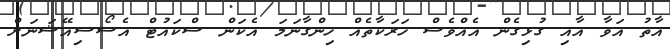
އާތު އަވާ އާއި ގުޅިގެން އެއްވެސް ހަރަކާތެއް ހިންގާނަމަ އެކަން ސްކައުޓް އެސޯސިއޭޝަނަށް